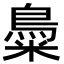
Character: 𪀳